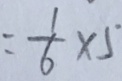
= \frac { 1 } { 6 } \times 5